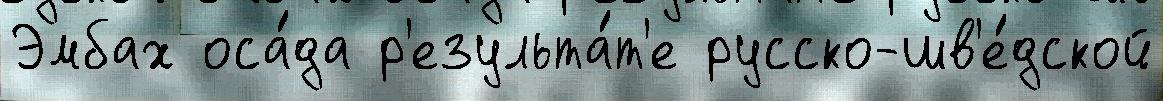
Эмбах оса́да р'езульта́т'е русско-шв'е́дской